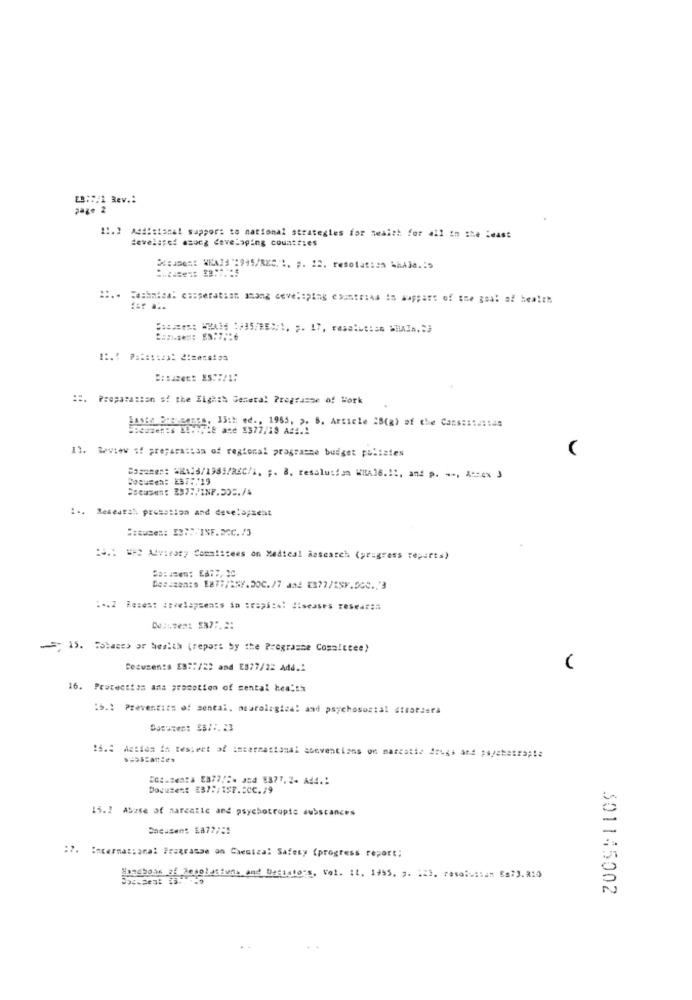
ES:C/1 Rev .:
page 2
21.2 Adaistanal suppor: to national strategies for Health for all in the least
developed asong developing countries
:2. Preparation of the Eighth General Programme of Work
Joeezen:s 19:7/ŽE ane 3377/18 A#4.1
LASEG BIENSABES, 33th ed ., 1965, >. S. Article 28(a) of the Canscasassas
13. Review sf preparation of regional programme budget polizies
Bo === e: WAS/1985/REC/\, ;. 8. resolution WHA16.11. and p. ... Azox 3
Casusen: ES7 :. 19
:.. Reseutah promotion and development
:: cuses: [2 :: /INF.3CC./3
=== =* Aray Committees on Medical Research (progress reports)
Dazuzen:s E877/2SY.200./7 and EB77/25F.OGC ., '3
:-. Z Reses: zevelapsents da stapści! diseases rese ====
- 15. Tolaces or health (report by the Programme Committee)
Ceausenta E3 :: /22 and ES77/22 Add .:
16. Protection ana promotion of mental health
:5 .: Preventirs of sentai, neurologica: and psychosozial dtsatsera
16.3 Metion in Respect of international suoventions on marcotie drugs and paystetra;te
Ice.zenta E877/24 and 8377,2+ Ad4 .:
Document EB7:/1SP.CCC./9
15.2 Abase of narcotic and psychotropic substances
:.
international Programme on Chemical Safety (progress report;
Brashear af desolutions and Dettato's, Vol. 11. 1955, p. 14], rasoivitan Es73.810
301145002